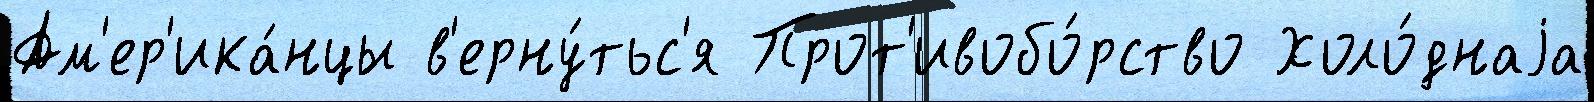
Ам'ер'ика́нцы в'ерну́тьс'я Прот'ивобо́рство Холо́днаjа